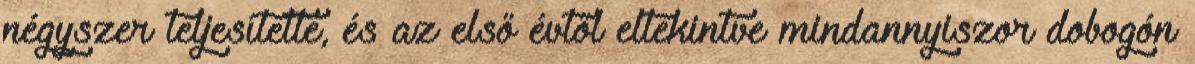
négyszer teljesítette, és az első évtől eltekintve mindannyiszor dobogón